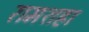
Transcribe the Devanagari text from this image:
रामशहा